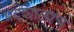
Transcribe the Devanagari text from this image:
प्रदेशालाच